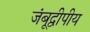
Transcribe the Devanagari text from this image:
जंबूद्वीपीय